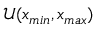
\mathcal { U } ( x _ { m i n } , x _ { m a x } )